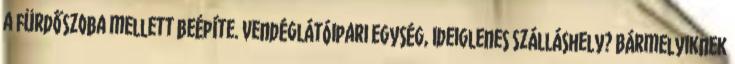
a fürdőszoba mellett beépíte. Vendéglátóipari egység, ideiglenes szálláshely? Bármelyiknek